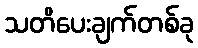
သတိပေးချက်တစ်ခု